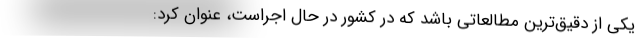
یکی از دقیق‌ترین مطالعاتی باشد که در کشور در حال اجراست، عنوان کرد: